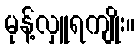
မုန့်လှူရကျိုး။